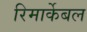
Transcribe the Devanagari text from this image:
रिमार्केबल